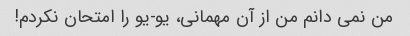
من نمی دانم من از آن مهمانی، یو-یو را امتحان نکردم!